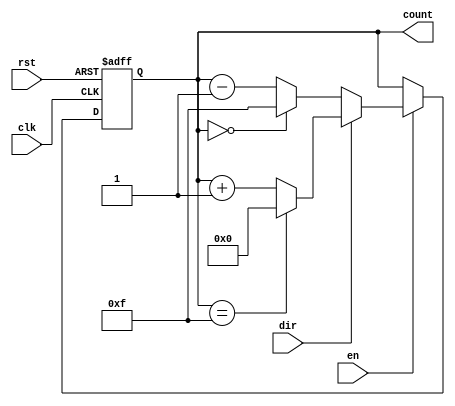
module binary_counter (
    input wire clk,          // Clock signal
    input wire rst,          // Asynchronous reset
    input wire en,           // Enable signal
    input wire dir,          // Direction signal (1 for up, 0 for down)
    output reg [3:0] count   // 4-bit binary count output
);

    // Parameter for maximum count value
    parameter MAX_COUNT = 4'b1111; // Maximum count value for 4-bit counter
    parameter MIN_COUNT = 4'b0000; // Minimum count value for 4-bit counter

    // Asynchronous reset and counting logic
    always @(posedge clk or posedge rst) begin
        if (rst) begin
            count <= MIN_COUNT; // Reset to minimum count value
        end else if (en) begin
            if (dir) begin
                // Count up
                if (count == MAX_COUNT) begin
                    count <= MIN_COUNT; // Wrap around to 0
                end else begin
                    count <= count + 1; // Increment count
                end
            end else begin
                // Count down
                if (count == MIN_COUNT) begin
                    count <= MAX_COUNT; // Wrap around to MAX_COUNT
                end else begin
                    count <= count - 1; // Decrement count
                end
            end
        end
    end

endmodule